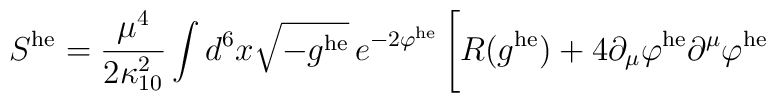
S^{\rm he} = \frac{\mu^4}{2 \kappa_{10}^2}  \int d^6 x\sqrt{-g^{\rm he}}\,e^{-2\varphi^{\rm he}}\,  \Bigg[R(g^{\rm he}) + 4\partial_\mu\varphi^{\rm he}\partial^\mu\varphi^{\rm he}